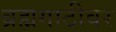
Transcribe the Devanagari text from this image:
ब्रह्मगाठीवर